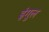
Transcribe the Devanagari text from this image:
इंगुल